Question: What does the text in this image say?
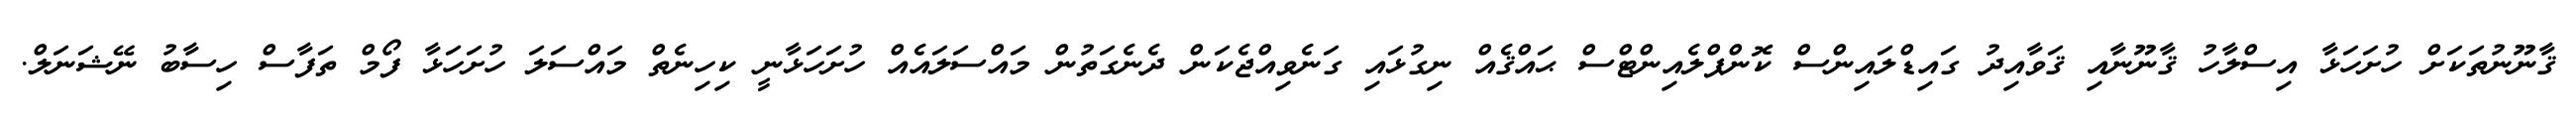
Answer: ޤާނޫނުތަކަށް ހުށަހަޅާ އިސްލާހު ޤާނޫނާއި ޤަވާއިދު ގައިޑްލައިންސް ކޮންޕްލެއިންޓްސް ޙައްޤެއް ނިގުޅައި ގަނެވިއްޖެކަން ދެނެގަތުން މައްސަލައެއް ހުށަހަޅާނީ ކިހިނެތް މައްސަލަ ހުށަހަޅާ ފޯމް ތަފާސް ހިސާބު ނޭޝަނަލް.